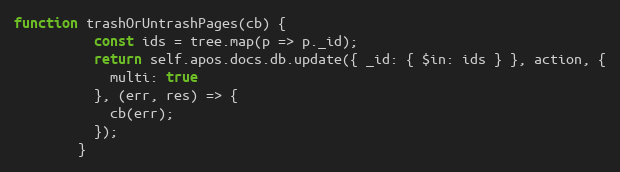
Language: JavaScript
function trashOrUntrashPages(cb) {
          const ids = tree.map(p => p._id);
          return self.apos.docs.db.update({ _id: { $in: ids } }, action, {
            multi: true
          }, (err, res) => {
            cb(err);
          });
        }